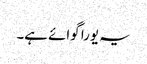
یہ یورا گوائے ہے۔